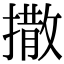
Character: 撒